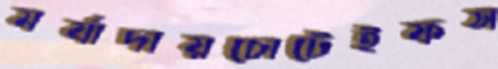
মর্যাদায়চোটেইফস